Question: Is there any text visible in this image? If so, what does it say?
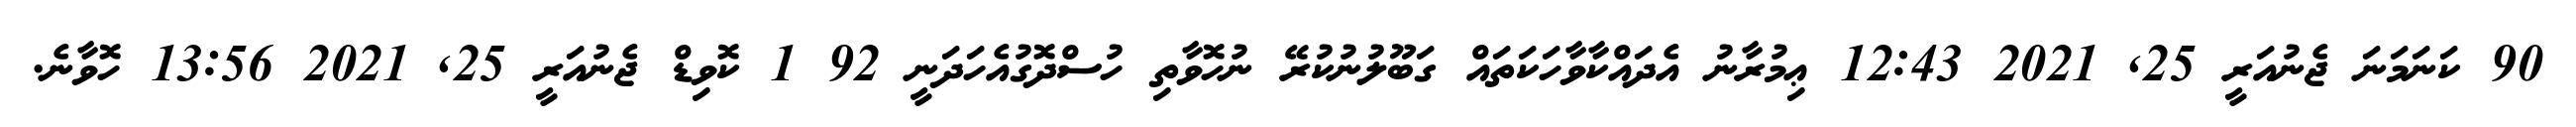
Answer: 90 ކަނަމަނަ ޖެނުއަރީ 25, 2021 12:43 ޢިމުރާނު އެދައްކާވާހަކަތައް ގަބޫލުނުކުރޭ ނުހޮވާތި ހުސްދޮގުއެހަދަނީ 92 1 ކޮވިޑް ޖެނުއަރީ 25, 2021 13:56 ހޮވާނެ.